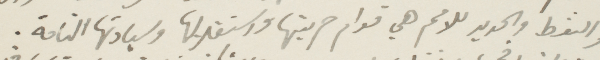
والفظ والحديد للامم هي قوام حريتها واستقلالها وسيادتها التامة.